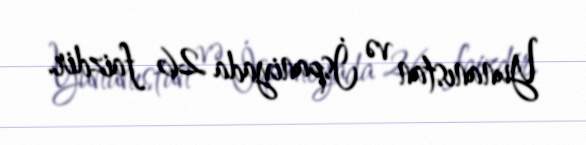
Yunanıstan və İspaniyada 26 faizdir.